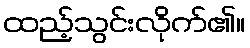
ထည့်သွင်းလိုက်၏။